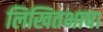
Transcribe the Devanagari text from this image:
लिखितभाषा